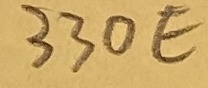
Text: 330E